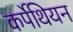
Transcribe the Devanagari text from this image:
कर्पेथियन